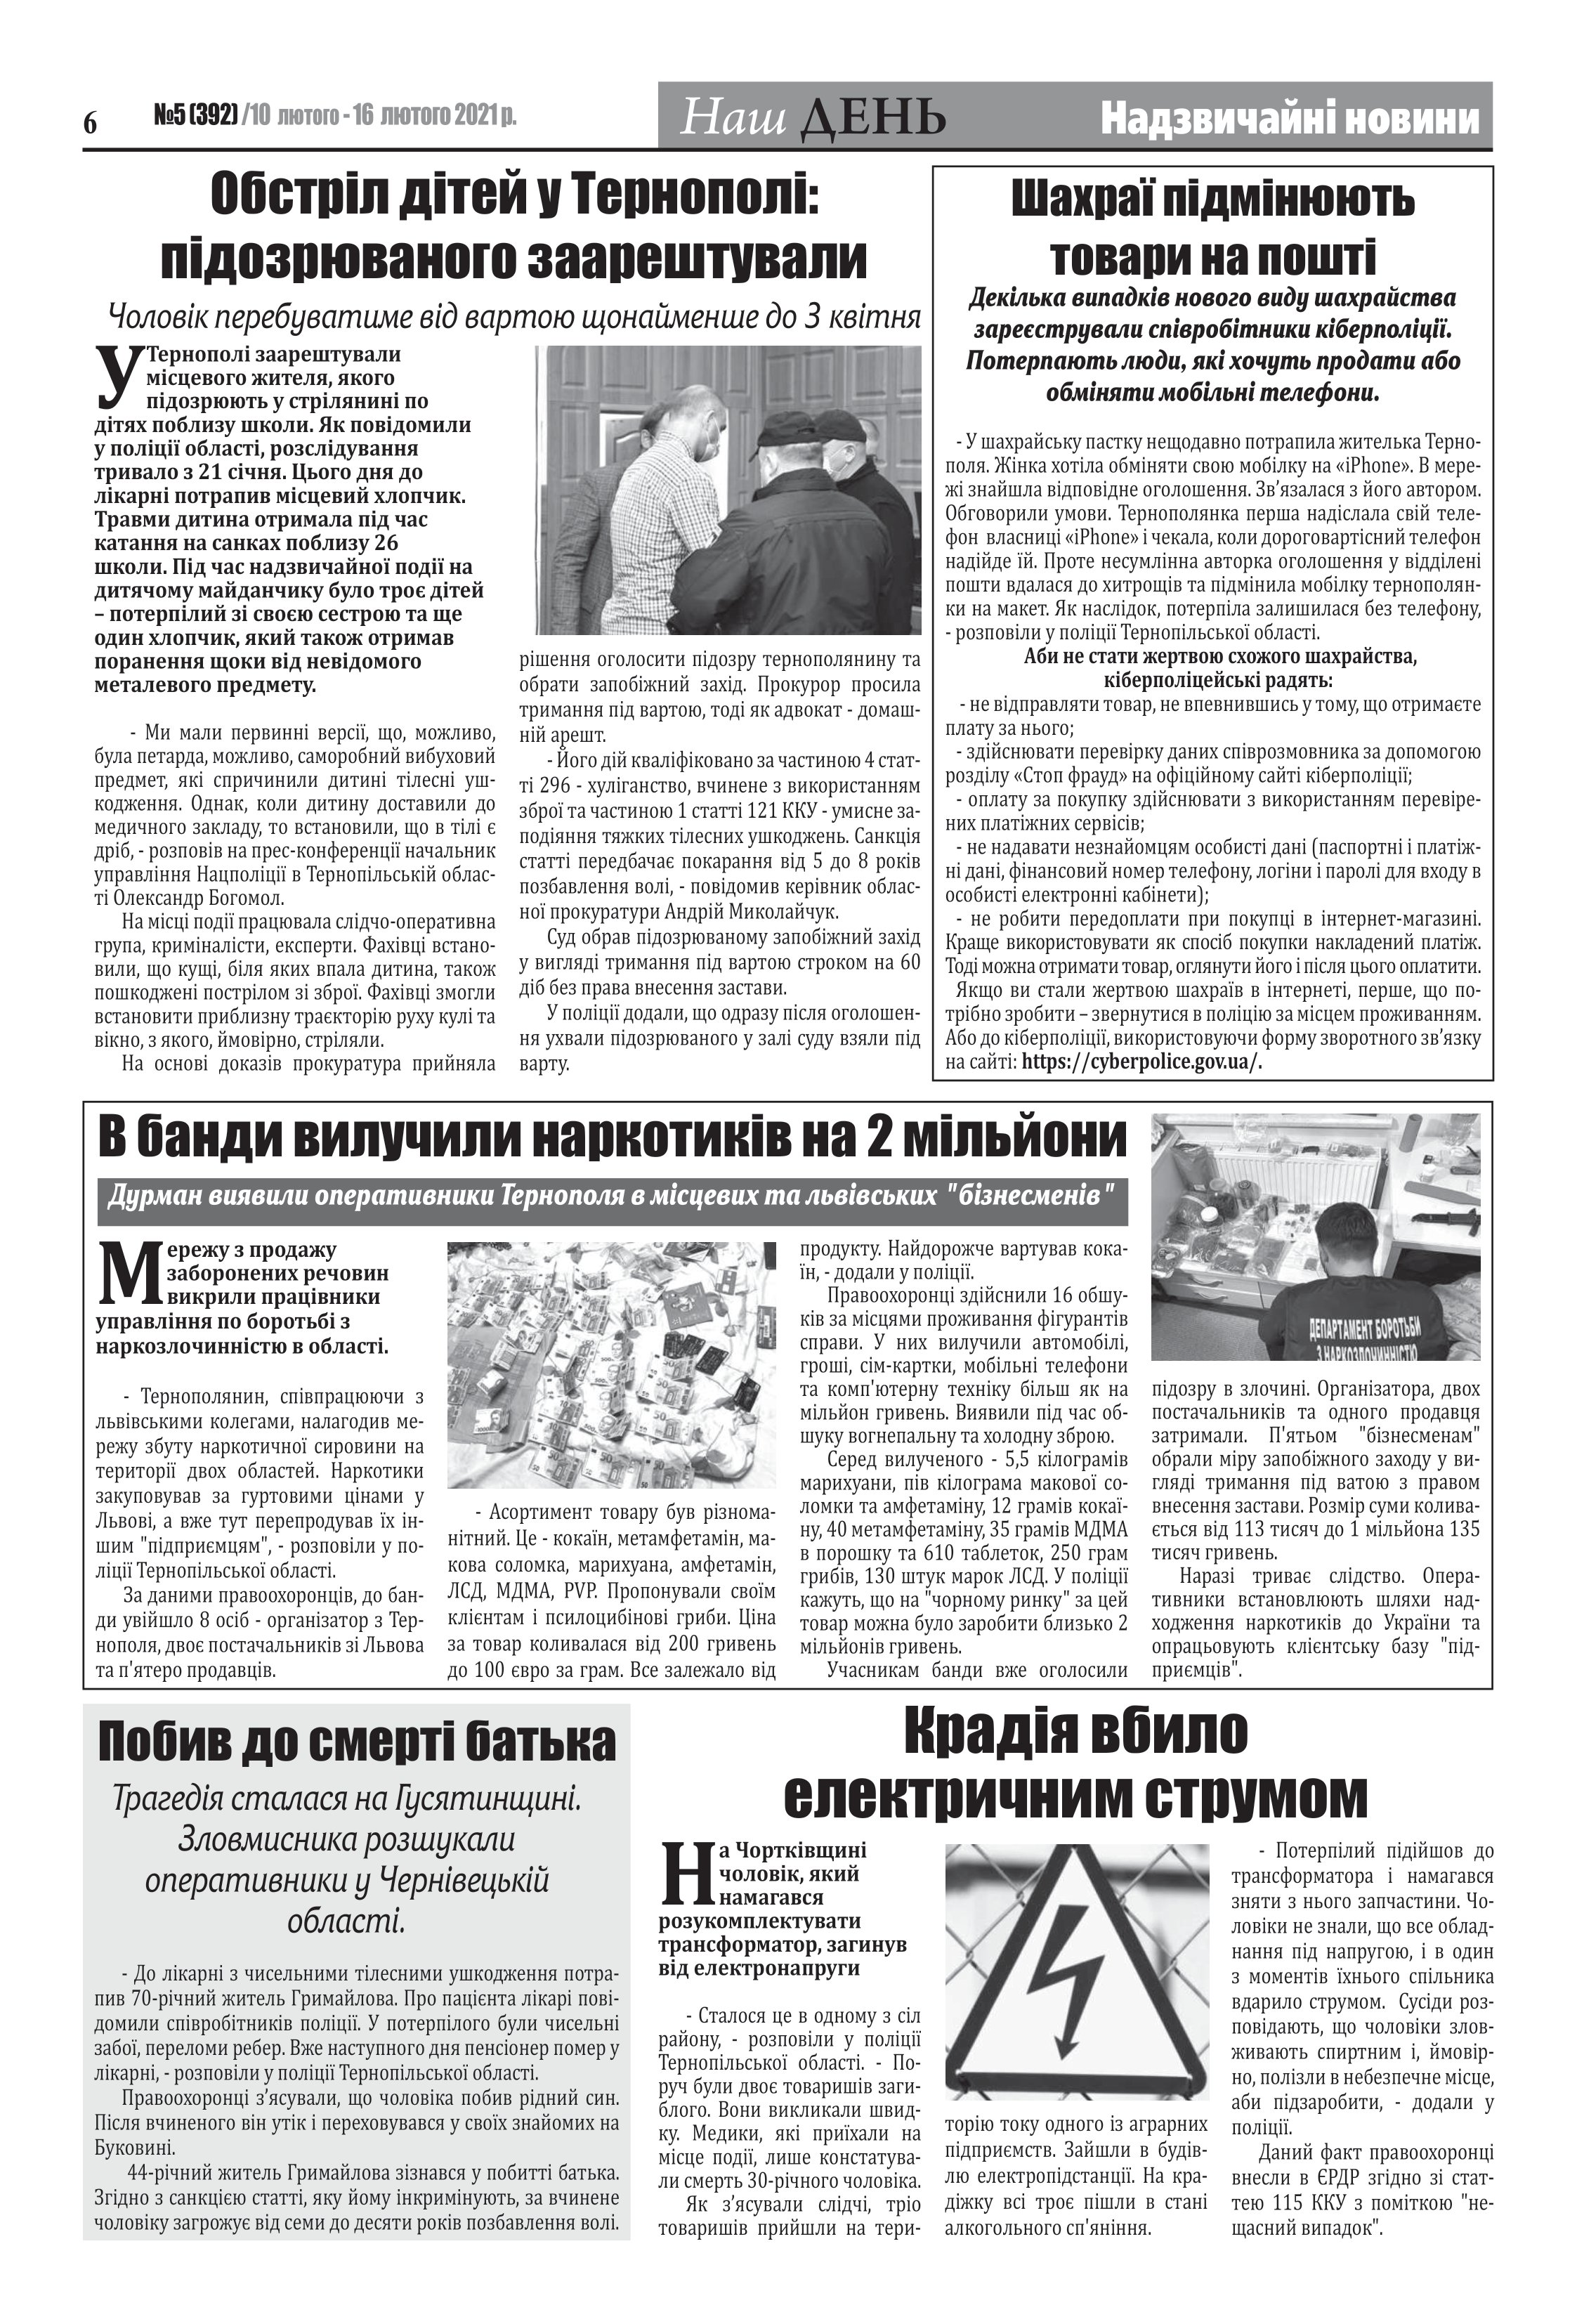
Language: uk